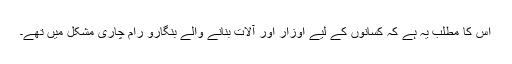
اس کا مطلب یہ ہے کہ کسانوں کے لیے اوزار اور آلات بنانے والے بنگارو رام چاری مشکل میں تھے۔